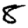
Digit: 8